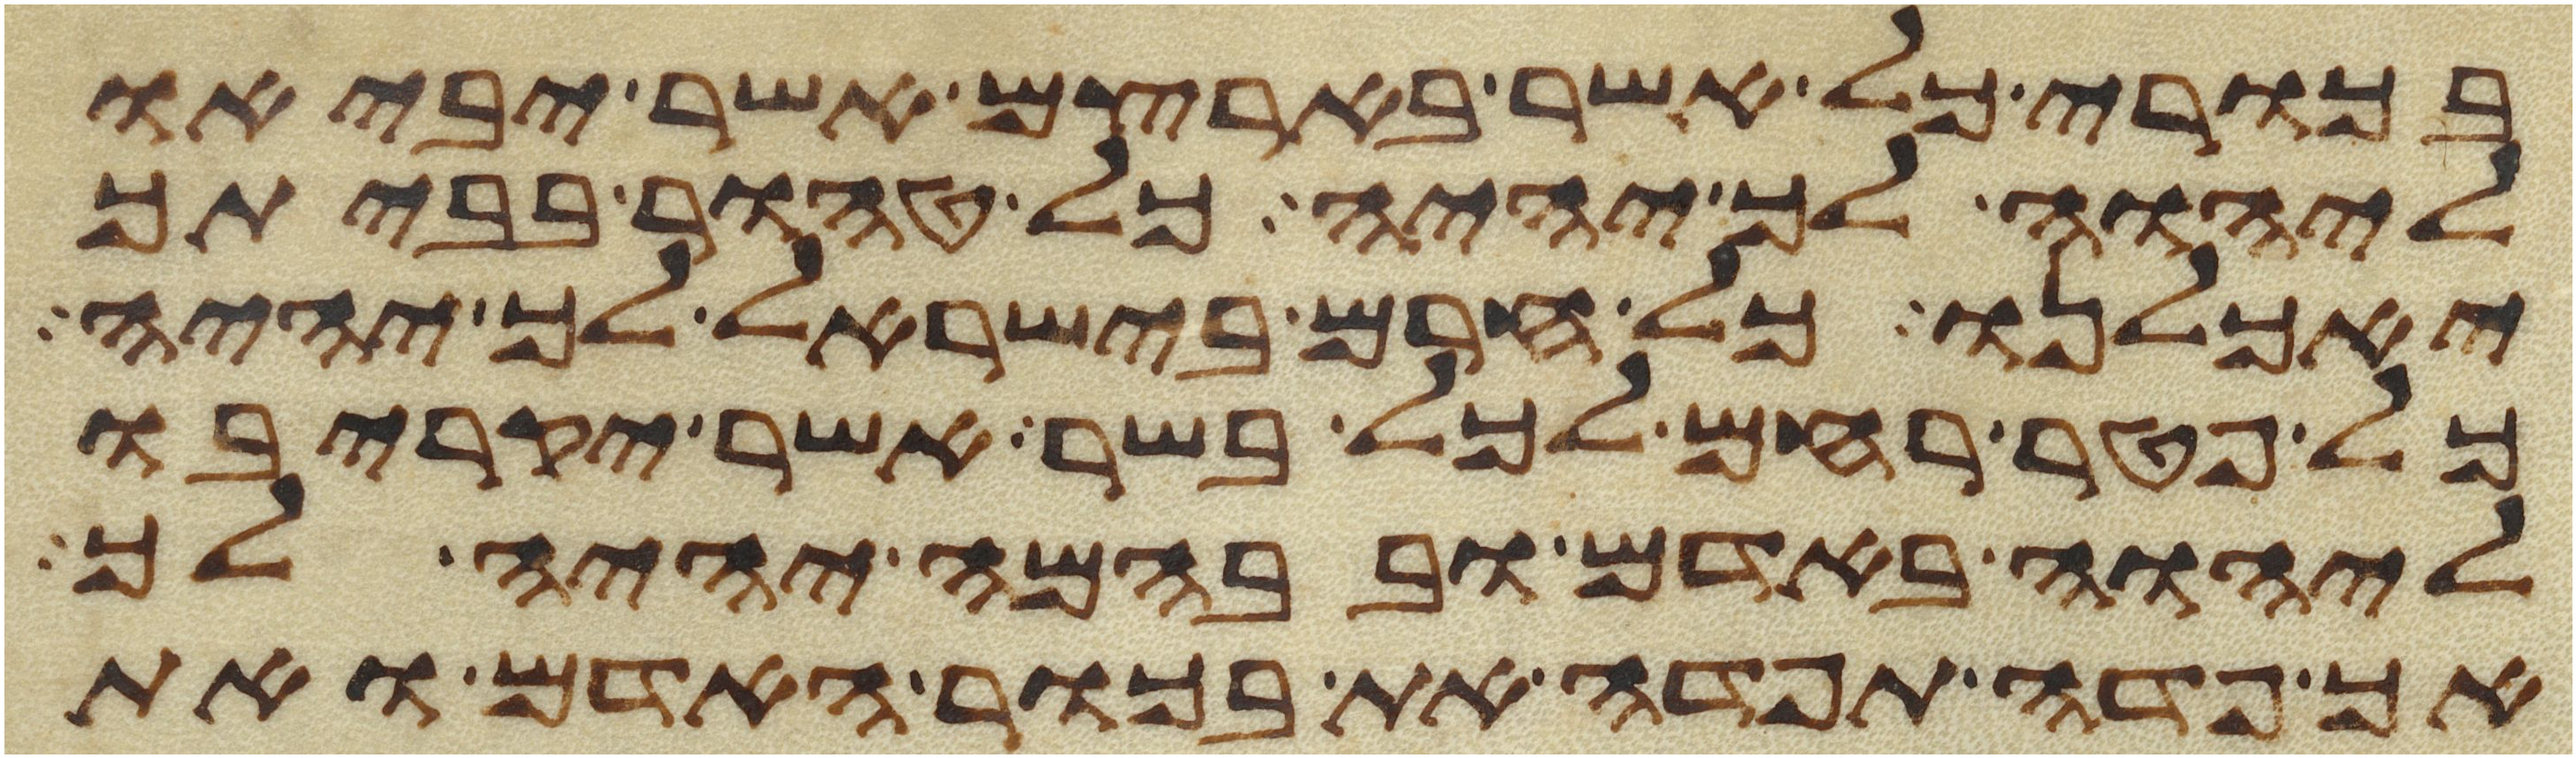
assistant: בכורי כל אשר בארצם אשר יביאו
ליהוה לך יהיה כל טהור בביתך
יאכלנו כל חרם בישראל לך יהיה
כל פטר רחם לכל בשר אשר יקריבו
ליהוה באדם ובבהמה יהיה לך
אך פדה תפדה את בכור האדם ואת